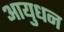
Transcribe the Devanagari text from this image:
आयुधन